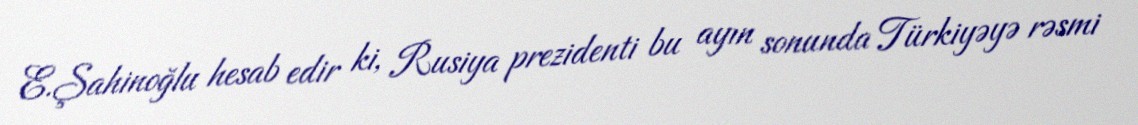
E.Şahinoğlu hesab edir ki, Rusiya prezidenti bu ayın sonunda Türkiyəyə rəsmi